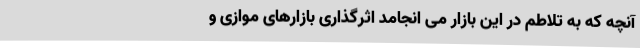
آنچه که به تلاطم در این بازار می انجامد اثرگذاری بازارهای موازی و